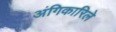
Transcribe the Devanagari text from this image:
अंगिकारिले